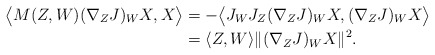
\begin{align*}\big{\langle} M(Z,W) (\nabla_ZJ)_WX,X \big{\rangle}&=- \big{\langle} J_WJ_Z (\nabla_ZJ)_WX, (\nabla_ZJ)_WX \big{\rangle}\\&= \langle Z,W \rangle \| (\nabla_ZJ)_WX \|^2. \end{align*}